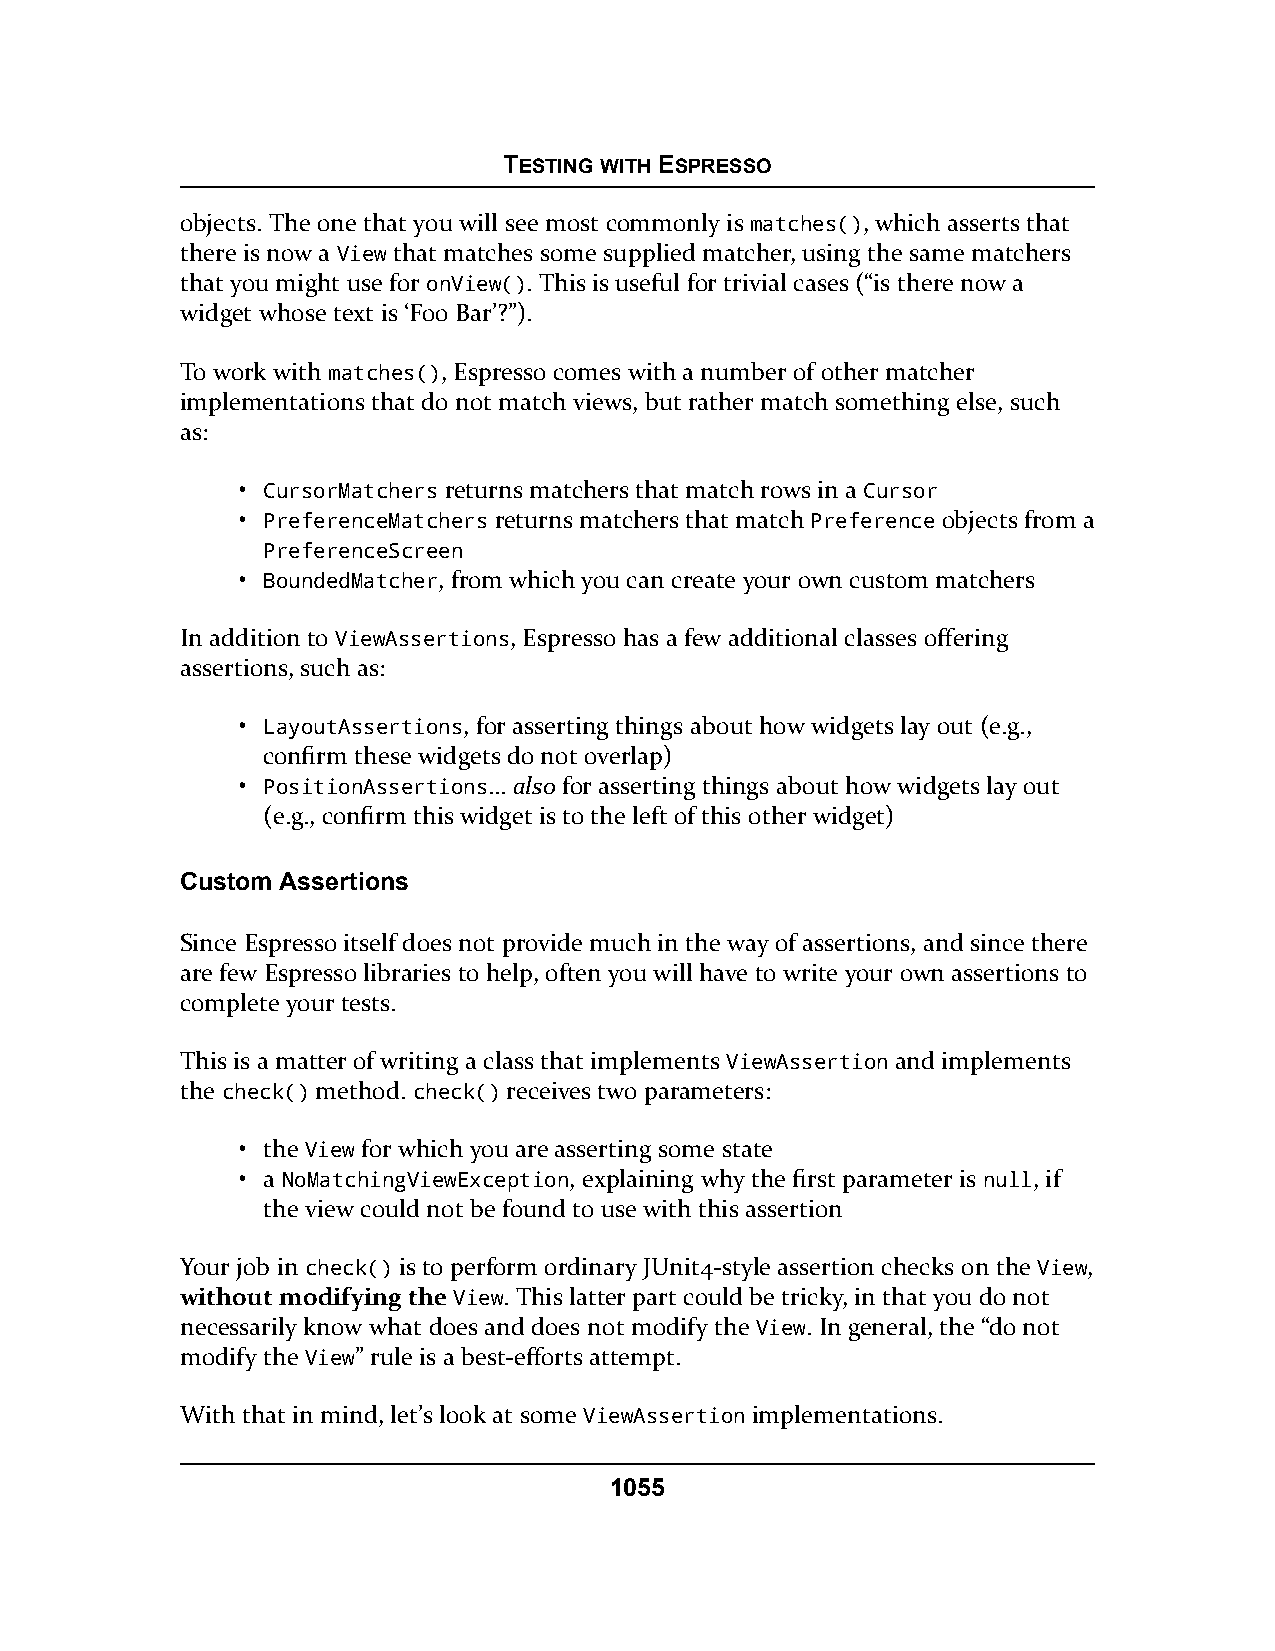
TESTING WITH ESPRESSO
 objects. The one that you will see most commonly is matches(), which asserts that
 there is now a View that matches some supplied matcher, using the same matchers
 that you might use for onView(). This is useful for trivial cases (“is there now a
 widget whose text is ‘Foo Bar’?”).
 To work with matches(), Espresso comes with a number of other matcher
 implementations that do not match views, but rather match something else, such
 as:
 • CursorMatchers returns matchers that match rows in a Cursor
 • PreferenceMatchers returns matchers that match Preference objects from a
 PreferenceScreen
 • BoundedMatcher, from which you can create your own custom matchers
 In addition to ViewAssertions, Espresso has a few additional classes offering
 assertions, such as:
 • LayoutAssertions, for asserting things about how widgets lay out (e.g.,
 confirm these widgets do not overlap)
 • PositionAssertions… also for asserting things about how widgets lay out
 (e.g., confirm this widget is to the left of this other widget)
 Custom Assertions
 Since Espresso itself does not provide much in the way of assertions, and since there
 are few Espresso libraries to help, often you will have to write your own assertions to
 complete your tests.
 This is a matter of writing a class that implements ViewAssertion and implements
 the check() method. check() receives two parameters:
 • the View for which you are asserting some state
 • a NoMatchingViewException, explaining why the first parameter is null, if
 the view could not be found to use with this assertion
 Your job in check() is to perform ordinary JUnit4-style assertion checks on the View,
 without modifying theVViieeww. This latter part could be tricky, in that you do not
 necessarily know what does and does not modify the View. In general, the “do not
 modify the View” rule is a best-efforts attempt.
 With that in mind, let’s look at some ViewAssertion implementations.
 1055